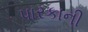
પારકાની